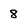
Character: 8